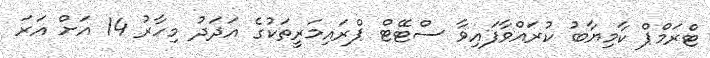
ޓްރަމްޕް ކާމިޔާބުު ކުރައްވާފައިވާ ސްޓޭޓް ޕްރައިމަރީތަކުގެ އަދަދު މިހާރު 14 އަށް އަރަ